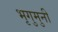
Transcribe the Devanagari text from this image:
भृगुमुनी